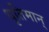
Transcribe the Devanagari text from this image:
धृतिमान्‌